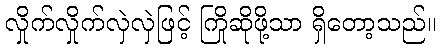
လှိုက်လှိုက်လှဲလှဲဖြင့် ကြိုဆိုဖို့သာ ရှိတော့သည်။